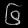
Digit: ၆